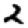
Digit: 2